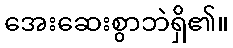
အေးဆေးစွာဘဲရှိ၏။